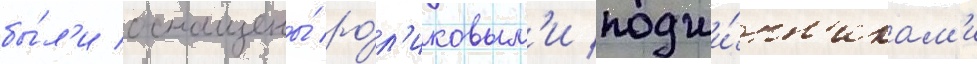
бы́л'и оснащены́ ро́л'иковым'и подши́пн'икам'и